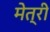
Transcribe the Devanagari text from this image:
मेत्री